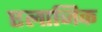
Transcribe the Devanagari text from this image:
एलाजिक